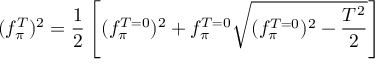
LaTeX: ( f _ { \pi } ^ { T } ) ^ { 2 } = \frac { 1 } { 2 } \left[ ( f _ { \pi } ^ { T = 0 } ) ^ { 2 } + f _ { \pi } ^ { T = 0 } \sqrt { ( f _ { \pi } ^ { T = 0 } ) ^ { 2 } - \frac { T ^ { 2 } } { 2 } } \right]